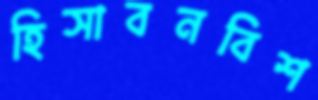
হিসাবনবিশ